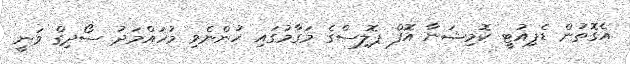
އެގޮތުން ޑެޕިއުޓީ ކޮމިޝަނާ އޮފް ޕޮލިސްގެ މަގާމުގައި ހުންނެވި މުހައްމަދު ސޯދިގް ވަނީ